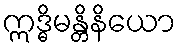
ဣဒ္ဓိမန္တိနိယော